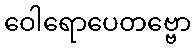
ဝေါရောပေတဗ္ဗော